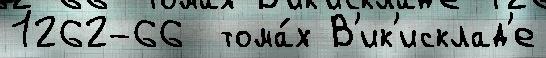
1262-66  тома́х В'ик'исклад'е